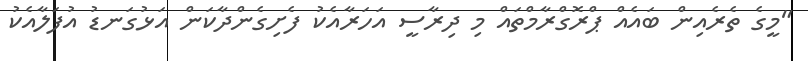
"މީގެ ތެރެއިން ބައެއް ޕްރޮގްރާމްތައް މި ދިރާސީ އަހަރާއެކު ފެށިގެންދާކަން އަޅުގަނޑު އުފަލާއެކު